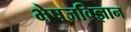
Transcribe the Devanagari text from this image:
भेषजविज्ञान